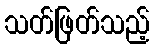
သတ်ဖြတ်သည့်